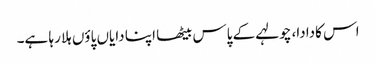
اس کادادا، چولہے کے پاس بیٹھا اپنا دایاں پاؤں ہلا رہا ہے۔